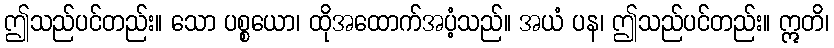
ဤသည်ပင်တည်း။ သော ပစ္စယော၊ ထိုအထောက်အပံ့သည်။ အယံ ပန၊ ဤသည်ပင်တည်း။ ဣတိ၊